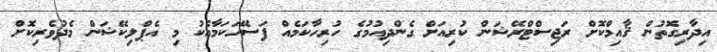
އިދާރިގޮތުން ޤާއިމްކޮށް ރަޖިސްޓްރޭޝަން ކުރިއަށް ގެންދިއުމުގެ ހުރިހާކަމެއް ފަސޭހަކަމާއެކު މި އެޕްލިކޭޝަން މެދުވެރިކޮށް